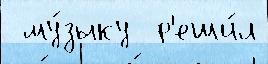
 му́зыку  р'еши́л